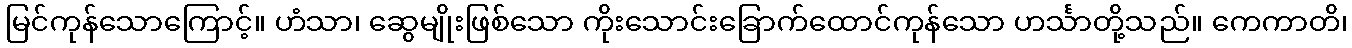
မြင်ကုန်သောကြောင့်။ ဟံသာ၊ ဆွေမျိုးဖြစ်သော ကိုးသောင်းခြောက်ထောင်ကုန်သော ဟင်္သာတို့သည်။ ကေကာတိ၊